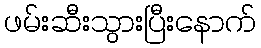
ဖမ်းဆီးသွားပြီးနောက်